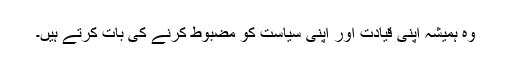
وہ ہمیشہ اپنی قیادت اور اپنی سیاست کو مضبوط کرنے کی بات کرتے ہیں۔